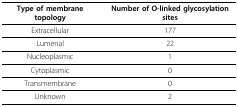
| Type of membrane topology | Number of O-linked glycosylation sites |
 | --- | --- |
 | Extracellular | 177 |
 | Lumenal | 22 |
 | Nucleoplasmic | 1 |
 | Cytoplasmic | 0 |
 | Transmembrane | 0 |
 | Unknown | 2 |